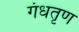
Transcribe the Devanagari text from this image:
गंधतृण